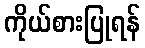
ကိုယ်စားပြုရန်